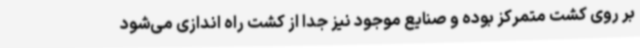
بر روی کشت متمرکز بوده و صنایع موجود نیز جدا از کشت راه اندازی می‌شود